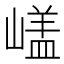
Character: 𡻘